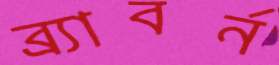
ব্র্যাবর্ন